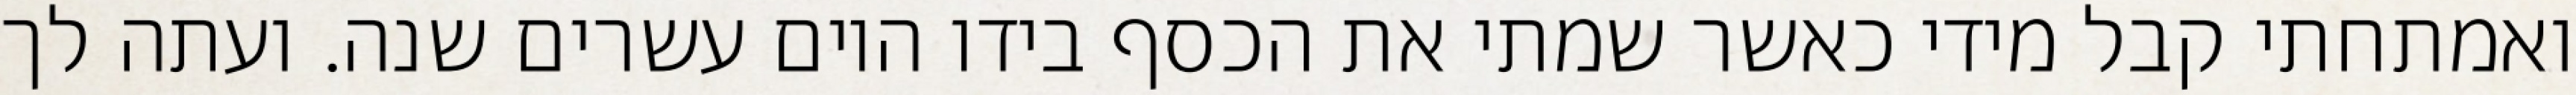
ואמתחתי קבל מידי כאשר שמתי את הכסף בידו היום עשרים שנה. ועתה לך